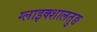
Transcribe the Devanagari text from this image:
ग्लाइक्शालतुङ